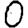
Digit: 0